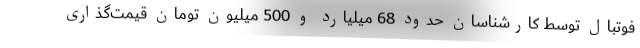
فوتبال توسط کارشناسان حدود 68 میلیارد و 500 میلیون تومان قیمت‌گذاری